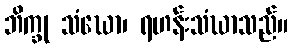
ဘိက္ခု သံဃော၊ ရဟန်းသံဃာသည်။